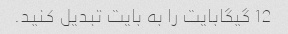
12 گیگابایت را به بایت تبدیل کنید.